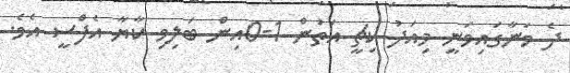
ދެ ވަނާގައިވަނީ މިއަދު ކިޗީ އަތުން 1-0އިން ބަލިވި ކާޔާ އެފްސީ އެވެ.